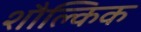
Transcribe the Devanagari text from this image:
शौल्किक